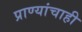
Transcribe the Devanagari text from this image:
प्राण्यांचाही